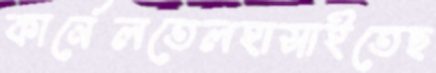
কার্নেলতেলহাসাইতেছ